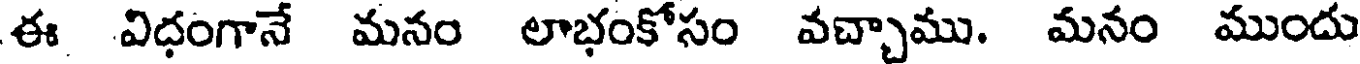
ఈ విధంగానే మనం లాభంకోసం వచ్చాము. మనం ముందు